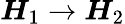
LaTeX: \boldsymbol{H}_{1}\to\boldsymbol{H}_{2}